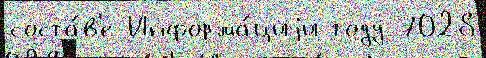
соста́в'е Информа́циjи году 7028